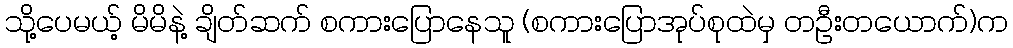
သို့ပေမယ့် မိမိနဲ့ ချိတ်ဆက် စကားပြောနေသူ (စကားပြောအုပ်စုထဲမှ တဦးတယောက်)က